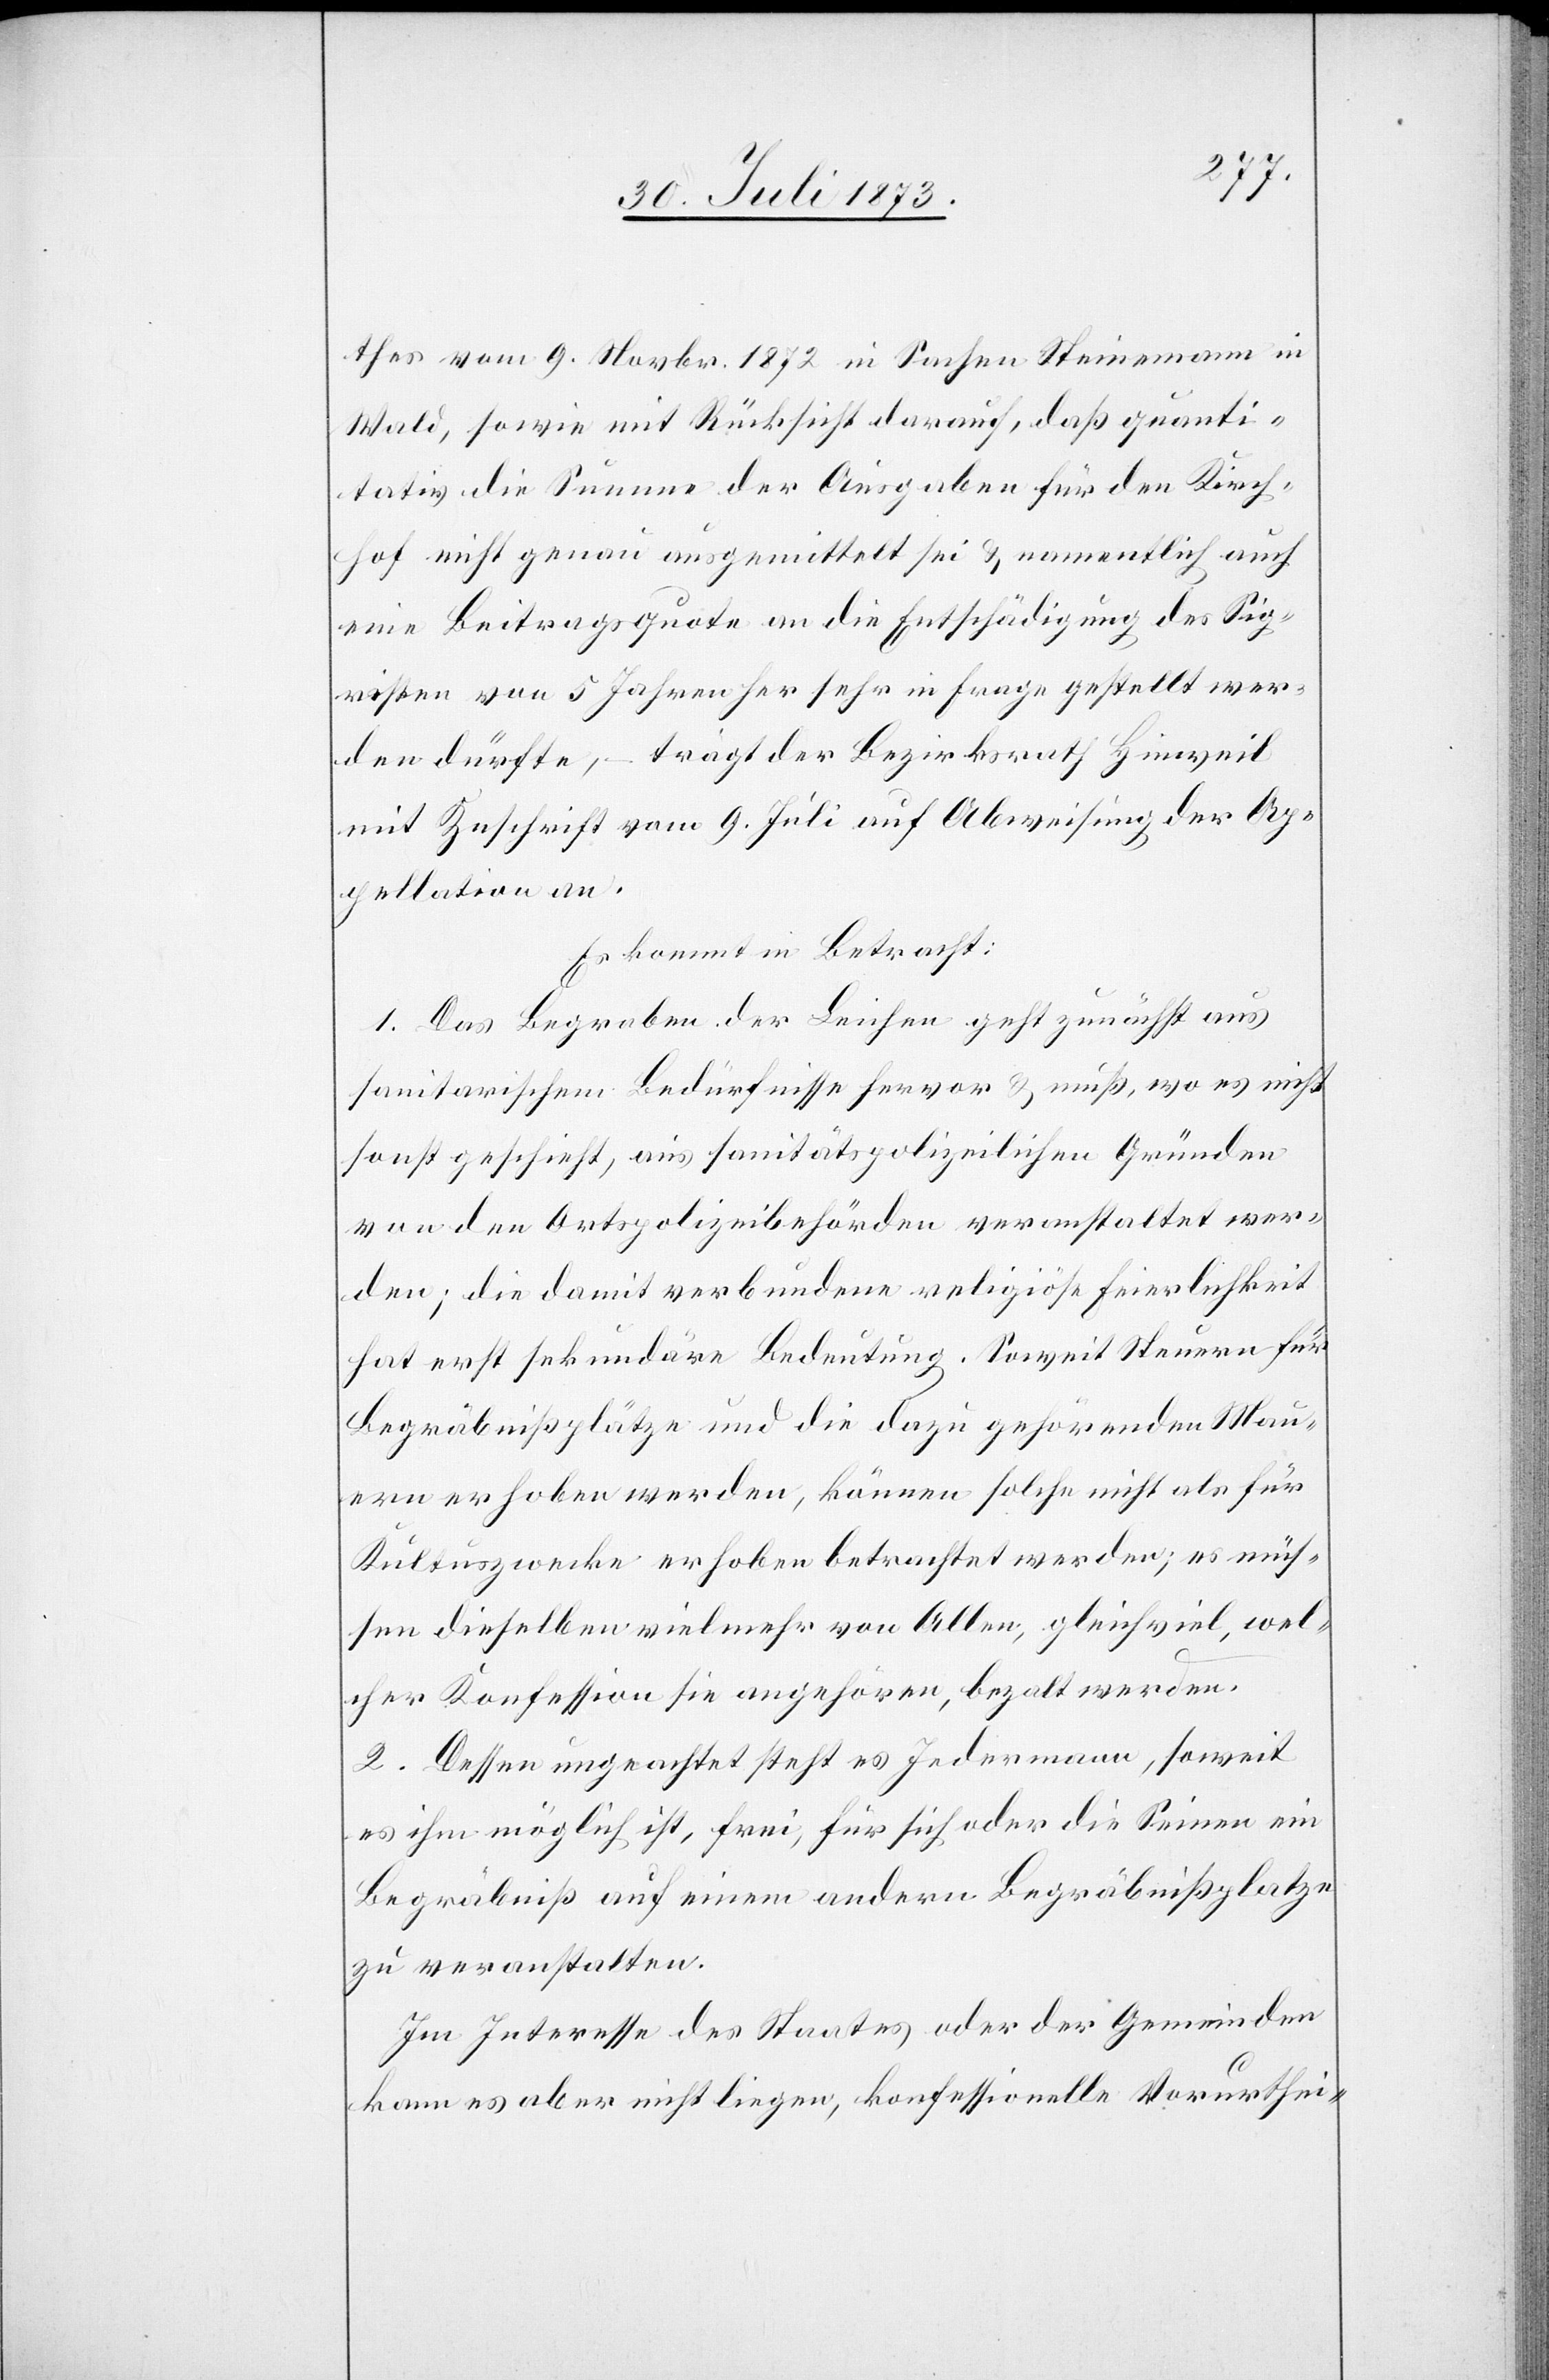
thes vom 9. Novbr. 1872 in Sachen Steinemann in
Wald, sowie mit Rücksicht darauf, daß quanti¬
tativ die Summe der Ausgaben für den Kirch¬
hof nicht genau ausgemittelt sei & namentlich auch
eine Beitragsquote an die Entschädigung des Sig¬
risten von 5 Jahren her sehr in Frage gestellt wer¬
den dürfte, – trägt der Bezirksrath Hinweil
mit Zuschrift vom 9. Juli auf Abweisung der Ap¬
pellation an.
Es kommt in Betracht:
1. Das Begraben der Leichen geht zunächst aus
sanitarischen Bedürfnissen hervor & muß, wo es nicht
sonst geschieht, aus sanitätspolizeilichen Gründen
von den Ortspolizeibehörden veranstaltet wer¬
den; die damit verbundene religiöse Feierlichkeit
hat erst sekundäre Bedeutung. Soweit Steuern für
Begräbnißplätze und die dazu gehörenden Mau¬
ern erhoben werden, können solche nicht als für
Kultuszwecke erhoben betrachtet werden; es müs¬
sen dieselben vielmehr von Allen, gleichviel, wel¬
cher Konfession sie angehören, bezalt [sic!] werden.
2. Dessen ungeachtet steht es Jedermann, soweit
es ihm möglich ist, frei, für sich oder die Seinen ein
Begräbniß auf einem andern Begräbnißplatze
zu veranstalten.
Im Interesse des Staates oder der Gemeinden
kann es aber nicht liegen, konfessionelle Vorurthei-